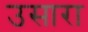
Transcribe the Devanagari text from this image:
उसारा